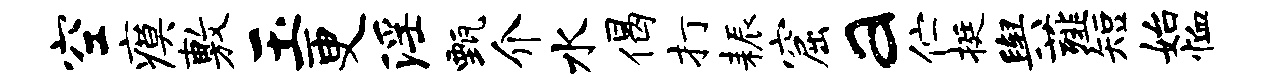
空瘼敷玉更淫甄介水偈打耨窟a伫挺舆薤短始恤